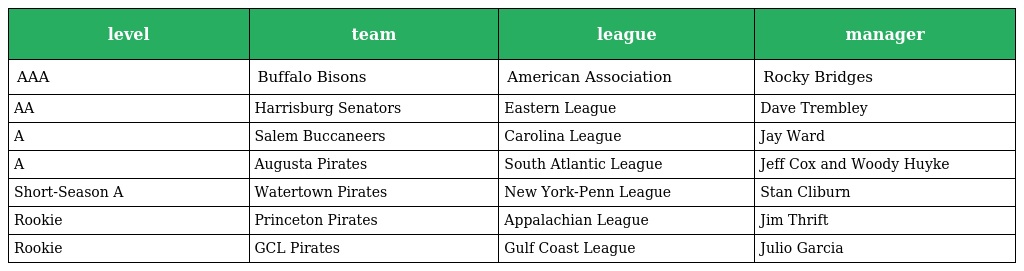
| level | team | league | manager |
 | --- | --- | --- | --- |
 | AAA | Buffalo Bisons | American Association | Rocky Bridges |
 | AA | Harrisburg Senators | Eastern League | Dave Trembley |
 | A | Salem Buccaneers | Carolina League | Jay Ward |
 | A | Augusta Pirates | South Atlantic League | Jeff Cox and Woody Huyke |
 | Short-Season A | Watertown Pirates | New York-Penn League | Stan Cliburn |
 | Rookie | Princeton Pirates | Appalachian League | Jim Thrift |
 | Rookie | GCL Pirates | Gulf Coast League | Julio Garcia |